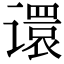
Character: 𫍽